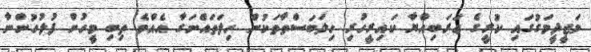
މަޖީދީމަގުގައި ކުރީގެ ޢަރަބިއްޔާ ކައިރީހުރި ހިލަބަސްތާތަކުން ހިލަތައްނަގާ އެއްވެ ތިބި މީހުން ފުލުހުންނާ